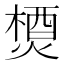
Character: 𤍕